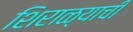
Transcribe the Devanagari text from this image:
शिराळ्याची